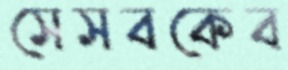
সেসবকেব